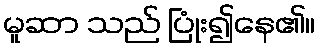
မူဆာ သည် ပြုံး၍နေ၏။